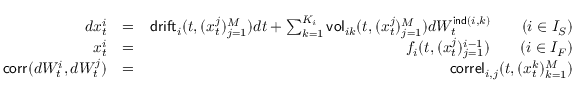
\begin{array} { r l r } { d x _ { t } ^ { i } } & { = } & { \mathsf { d r i f t } _ { i } ( t , ( x _ { t } ^ { j } ) _ { j = 1 } ^ { M } ) d t + \sum _ { k = 1 } ^ { K _ { i } } \mathsf { v o l } _ { i k } ( t , ( x _ { t } ^ { j } ) _ { j = 1 } ^ { M } ) d W _ { t } ^ { \mathsf { i n d } ( i , k ) } \qquad ( i \in { \cal I } _ { S } ) } \\ { x _ { t } ^ { i } } & { = } & { f _ { i } ( t , ( x _ { t } ^ { j } ) _ { j = 1 } ^ { i - 1 } ) \qquad ( i \in { \cal I } _ { F } ) } \\ { \mathsf { c o r r } ( d W _ { t } ^ { i } , d W _ { t } ^ { j } ) } & { = } & { \mathsf { c o r r e l } _ { i , j } ( t , ( x _ { t } ^ { k } ) _ { k = 1 } ^ { M } ) } \end{array}